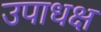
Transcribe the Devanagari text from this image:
उपाधक्ष